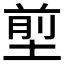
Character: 𡍽